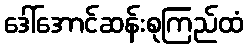
ဒေါ်အောင်ဆန်းစုကြည်ထံ